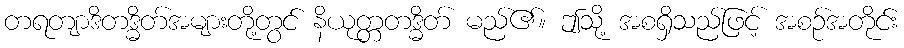
တရတျာဒိတဒ္ဓိတ်အများတို့တွင် နိယုတ္တတဒ္ဓိတ် မည်၏။ ဤသို့ အစရှိသည်ဖြင့် အစဉ်အတိုင်း